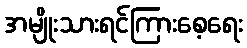
အမျိုးသားရင်ကြားစေ့ရေး